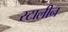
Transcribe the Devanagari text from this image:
स्टालीन